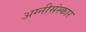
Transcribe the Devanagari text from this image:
अग्नीसंस्कार